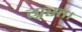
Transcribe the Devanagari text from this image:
ग्रस्त।